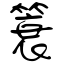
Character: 簑